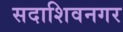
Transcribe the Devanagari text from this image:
सदाशिवनगर